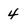
Character: 4